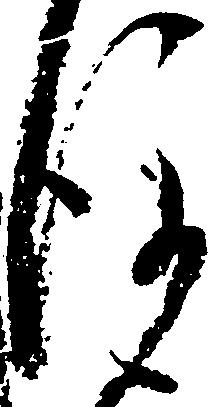
後